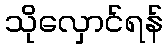
သိုလှောင်ရန်